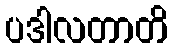
ပဒါလတာတိ